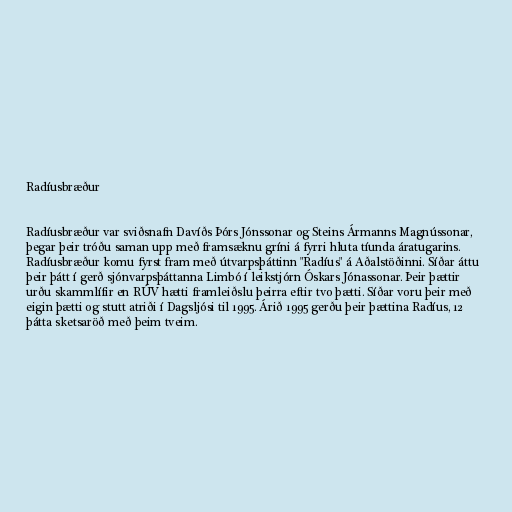
Radíusbræður

Radíusbræður var sviðsnafn Davíðs Þórs Jónssonar og Steins Ármanns Magnússonar,
þegar þeir tróðu saman upp með framsæknu gríni á fyrri hluta tíunda áratugarins.
Radíusbræður komu fyrst fram með útvarpsþáttinn "Radíus" á Aðalstöðinni. Síðar áttu
þeir þátt í gerð sjónvarpsþáttanna Limbó í leikstjórn Óskars Jónassonar. Þeir þættir
urðu skammlífir en RÚV hætti framleiðslu þeirra eftir tvo þætti. Síðar voru þeir með
eigin þætti og stutt atriði í Dagsljósi til 1995. Árið 1995 gerðu þeir þættina Radíus, 12
þátta sketsaröð með þeim tveim.